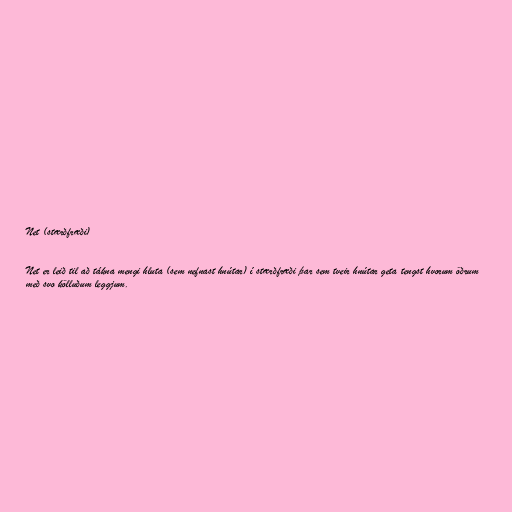
Net (stærðfræði)

Net er leið til að tákna mengi hluta (sem nefnast hnútar) í stærðfræði þar sem tveir hnútar geta tengst hvorum öðrum
með svo kölluðum leggjum.